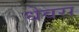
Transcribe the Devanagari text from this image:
धेवरा